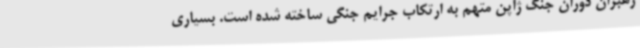
رهبران دوران جنگ ژاپن متهم به ارتکاب جرایم جنگی ساخته شده است. بسیاری